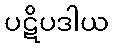
ပဋိပဒါယ